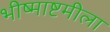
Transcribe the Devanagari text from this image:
भीष्माष्टमीला